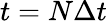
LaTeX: t=N\Delta t